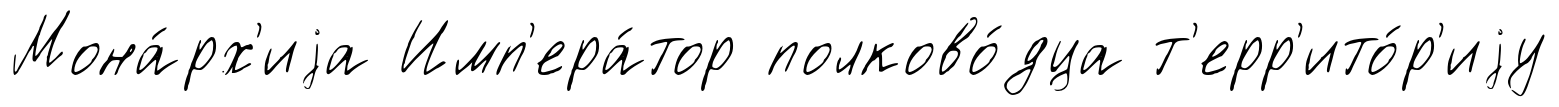
Мона́рх'иjа Имп'ера́тор полково́дца т'ерр'ито́р'иjу